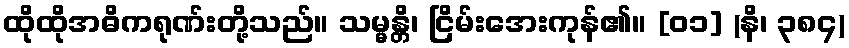
ထိုထိုအဓိကရုဏ်းတို့သည်။ သမ္မန္တိ၊ ငြိမ်းအေးကုန်၏။ [၀၁] (နိ၊ ၃၈၄)